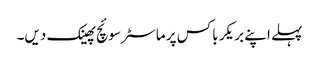
پہلے اپنے بریکر باکس پر ماسٹر سوئچ پھینک دیں۔